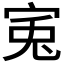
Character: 𡨘